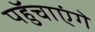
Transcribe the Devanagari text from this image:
पहुॅचाएंगे